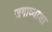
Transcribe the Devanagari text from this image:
जगाव्याशा